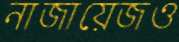
নাজায়েজও